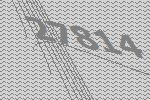
27814